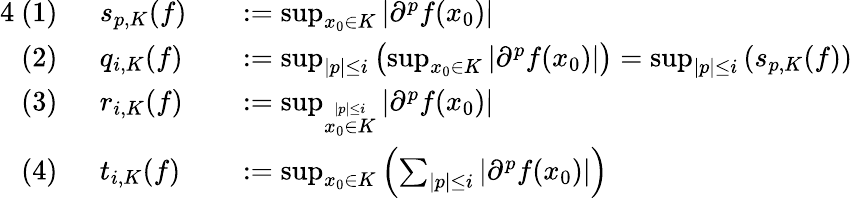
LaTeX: {\begin{array}{rlrl}{{4}{\mathrm{~(1)~}}\ }&{s_{p,K}(f)}&&{:=\operatorname*{sup}_{x_{0}\in K}\left|\partial^{p}f(x_{0})\right|}\\ {{\mathrm{~(2)~}}\ }&{q_{i,K}(f)}&&{:=\operatorname*{sup}_{|p|\leq i}\left(\operatorname*{sup}_{x_{0}\in K}\left|\partial^{p}f(x_{0})\right|\right)=\operatorname*{sup}_{|p|\leq i}\left(s_{p,K}(f)\right)}\\ {{\mathrm{~(3)~}}\ }&{r_{i,K}(f)}&&{:=\operatorname*{sup}_{\stackrel{|p|\leq i}{x_{0}\in K}}\left|\partial^{p}f(x_{0})\right|}\\ {{\mathrm{~(4)~}}\ }&{t_{i,K}(f)}&&{:=\operatorname*{sup}_{x_{0}\in K}\left(\sum_{|p|\leq i}\left|\partial^{p}f(x_{0})\right|\right)}\end{array}}